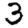
Digit: 3